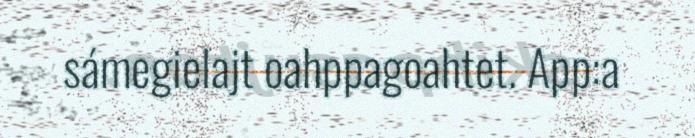
sámegielajt oahppagoahtet. App:a